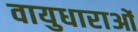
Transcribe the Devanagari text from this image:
वायुधाराओं